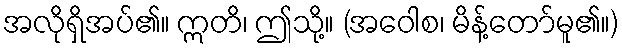
အလိုရှိအပ်၏။ ဣတိ၊ ဤသို့။ (အဝေါစ၊ မိန့်တော်မူ၏။)